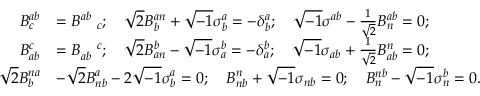
\begin{array} { r l } { B _ { c } ^ { a b } } & { = B _ { \quad c } ^ { a b } ; \quad \sqrt { 2 } B _ { b } ^ { a n } + \sqrt { - 1 } \sigma _ { b } ^ { a } = - \delta _ { b } ^ { a } ; \quad \sqrt { - 1 } \sigma ^ { a b } - \frac { 1 } { \sqrt { 2 } } B _ { n } ^ { a b } = 0 ; } \\ { B _ { a b } ^ { c } } & { = B _ { a b } ^ { \quad c } ; \quad \sqrt { 2 } B _ { a n } ^ { b } - \sqrt { - 1 } \sigma _ { a } ^ { b } = - \delta _ { a } ^ { b } ; \quad \sqrt { - 1 } \sigma _ { a b } + \frac { 1 } { \sqrt { 2 } } B _ { a b } ^ { n } = 0 ; } \\ { \sqrt { 2 } B _ { b } ^ { n a } } & { - \sqrt { 2 } B _ { n b } ^ { a } - 2 \sqrt { - 1 } \sigma _ { b } ^ { a } = 0 ; \quad B _ { n b } ^ { n } + \sqrt { - 1 } \sigma _ { n b } = 0 ; \quad B _ { n } ^ { n b } - \sqrt { - 1 } \sigma _ { n } ^ { b } = 0 . } \end{array}